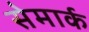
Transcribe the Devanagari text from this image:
सेमार्क